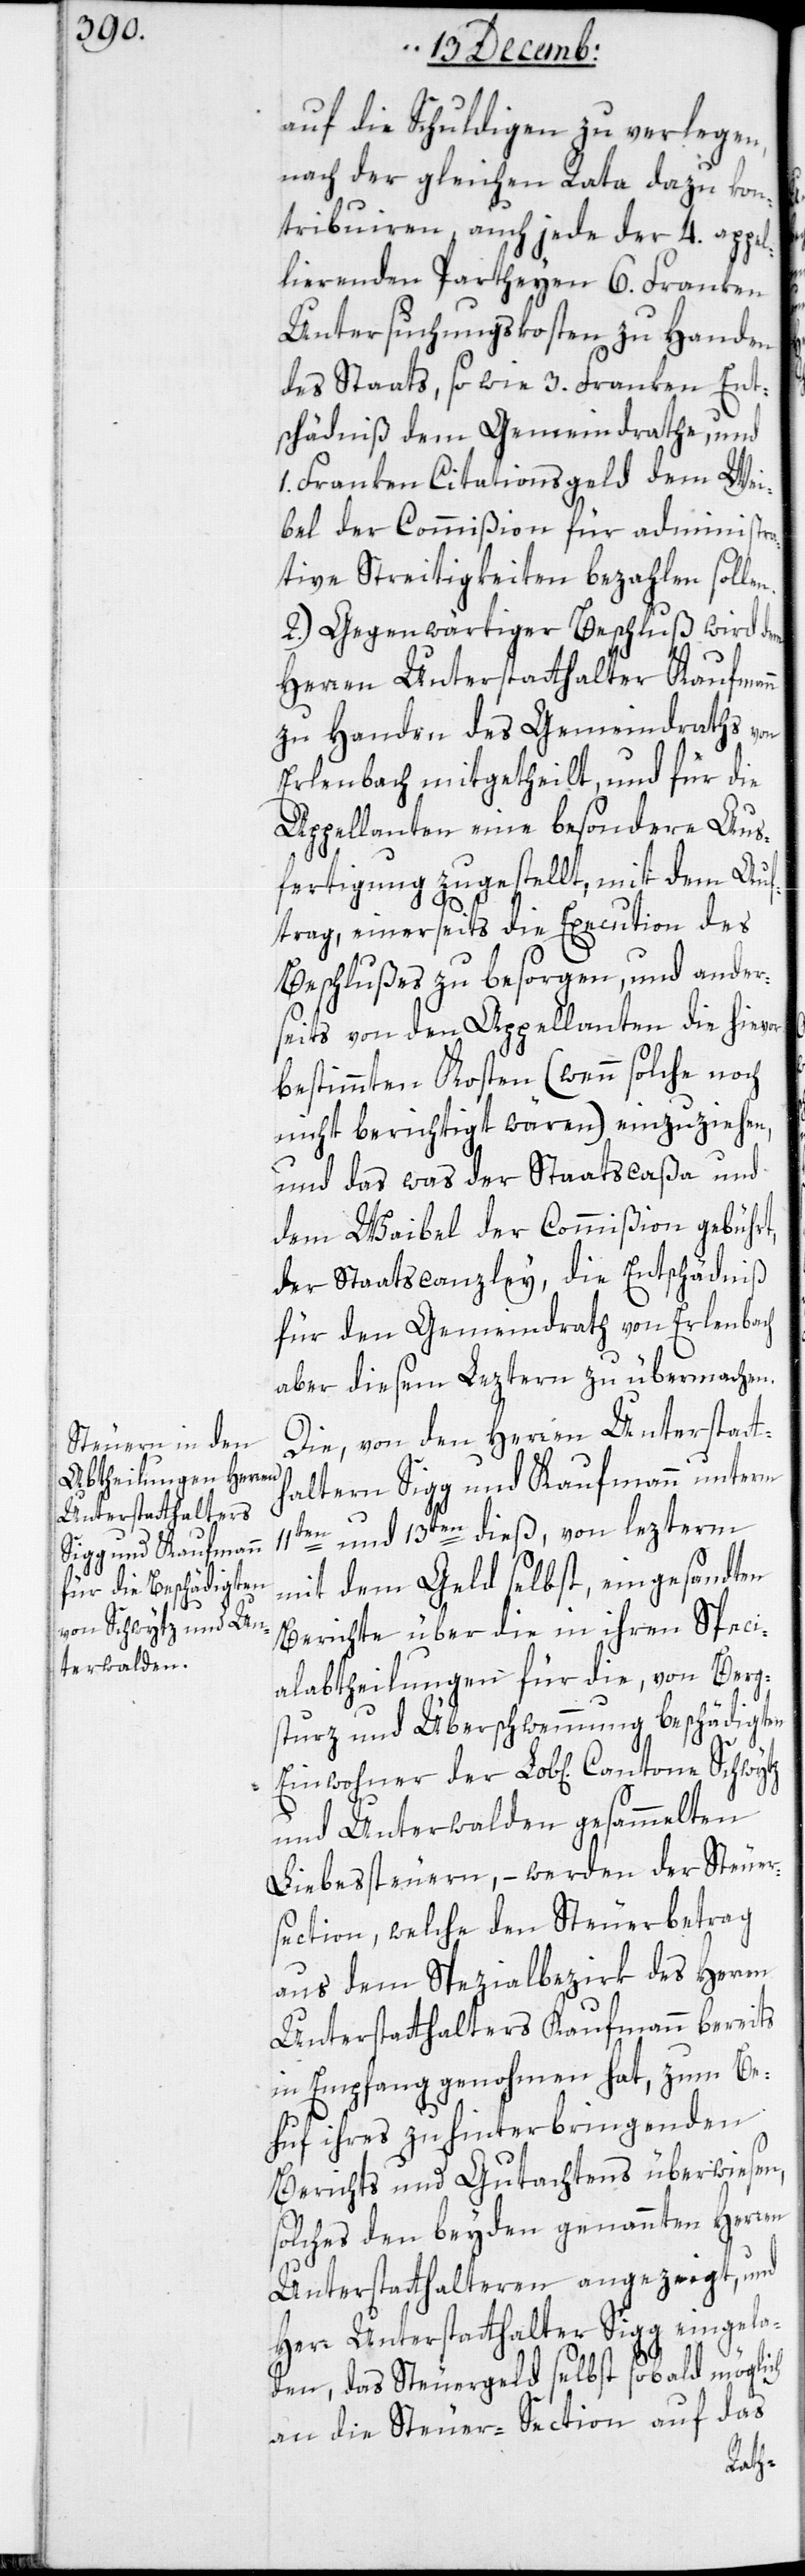
n.

auf die Schuldigen zu verlegen,
nach der gleichen Rata dazu kon¬
tribuieren, auch jede der 4. appel¬
lierenden Parteien 6. Franken
Untersuchungskosten zu Handen
des Staats, sowie 3. Franken Ent¬
schädniß dem Gemeindrathe, und
1. Franken Citationsgeld dem Wei¬
bel der Commißion für administra¬
tive Streitigkeiten bezahlen solle¬
2.) Gegenwärtiger Beschluß wird dem
Herren Unterstatthalter Kaufmann
zu Handen des Gemeindraths von
Erlenbach mitgetheilt, und für die
Appellanten eine besondere Aus¬
fertigung zugestellt, mit dem Auf¬
trag, einerseits die Execution des
Beschlußes zu besorgen, und ander¬
seits von den Appellanten die hievon
bestimmten Kosten (wenn solche noch
nicht berichtigt wären) einzuziehen,
und das was der Staatscaßa und
dem Waibel der Commißion gebührt,
der Staatscanzley, die Entschädniß
für den Gemeindrath von Erlenbach
aber diesem leztern zu übermachen.
Die von den Herren Unterstatt¬
halteren Sigg und Kaufmann unterm
11ten und 13ten dieß, von lezterm
mit dem Geld selbst, eingesandten
Berichte über die in ihren Spezi¬
alabtheilungen für die, von Berg¬
sturz und Überschwemmung beschädigten
und Unterwalden gesammelten
Liebessteuern, – werden der Steuer¬
section, welche den Steuerbetrag
aus dem Spezialbezirk des Herren
Unterstatthalters Kaufmann bereits
in Empfang genohmen hat, zum Be¬
huf ihres zu hinterbringenden
Berichts und Gutachtens überwiesen,
solches den beyden genannten Herren
Unterstatthalteren angezeigt, und
Herr Unterstatthalter Sigg eingela¬
den, das Steuergeld selbst sobald möglich
an die Steuer-Section auf das